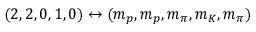
( 2 , 2 , 0 , 1 , 0 ) \leftrightarrow ( m _ { p } , m _ { p } , m _ { \pi } , m _ { K } , m _ { \pi } )